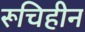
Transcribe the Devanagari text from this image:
रूचिहीन